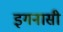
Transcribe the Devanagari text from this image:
इगनासी